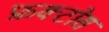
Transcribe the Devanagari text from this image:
फ्रक्टोस